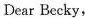
Dear Becky,